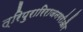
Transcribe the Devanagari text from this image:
त्रिपुरारिराजनगरीऔर